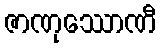
ဇာဏုဿောဏီ